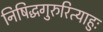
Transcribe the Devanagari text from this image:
निषिद्धगुरुरित्याहुः